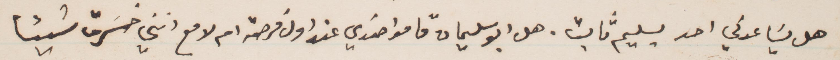
هو يساعدني احد لسليم ثابت. هل أبو سليمان قاموا ضدي عند اول فرصة ام لا مع انني خسرت شيئًا